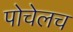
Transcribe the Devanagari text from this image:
पोचेलच